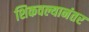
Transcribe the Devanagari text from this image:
शिकवल्यानंतर